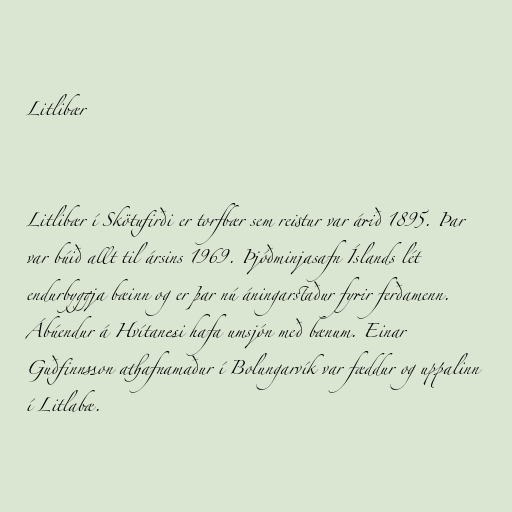
Litlibær

Litlibær í Skötufirði er torfbær sem reistur var árið 1895. Þar
var búið allt til ársins 1969. Þjóðminjasafn Íslands lét
endurbyggja bæinn og er þar nú áningarstaður fyrir ferðamenn.
Ábúendur á Hvítanesi hafa umsjón með bænum. Einar
Guðfinnsson athafnamaður í Bolungarvík var fæddur og uppalinn
í Litlabæ.